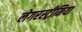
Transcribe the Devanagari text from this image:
लेगरस्ट्रीमिया